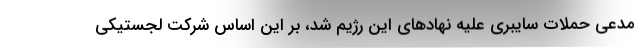
مدعی حملات سایبری علیه نهادهای این رژیم شد، بر این اساس شرکت لجستیکی